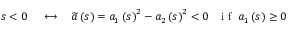
\begin{array} { r l r } { s < 0 \; } & { { } \longleftrightarrow } & { \; \widetilde { a } \left( s \right) = a _ { 1 } \left( s \right) ^ { 2 } - a _ { 2 } \left( s \right) ^ { 2 } < 0 \; \; \; \mathrm { ~ i ~ f ~ } \; a _ { 1 } \left( s \right) \ge 0 } \end{array}